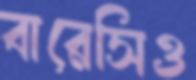
বারেসিও